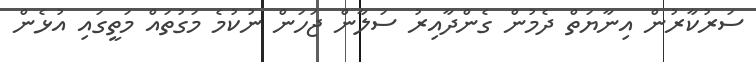
ސަރުކާރުން އިނާޔަތް ދެމުން ގެންދާއިރު ސަލާން ޖަހަން ނުކުމެ މަގުތައް މަތީގައި އުޅެން